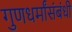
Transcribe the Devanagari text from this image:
गुणधर्मांसंबंधी